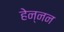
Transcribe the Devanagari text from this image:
हेन्नन